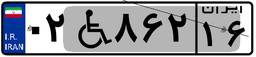
۰۲W۸۶۲۱۶